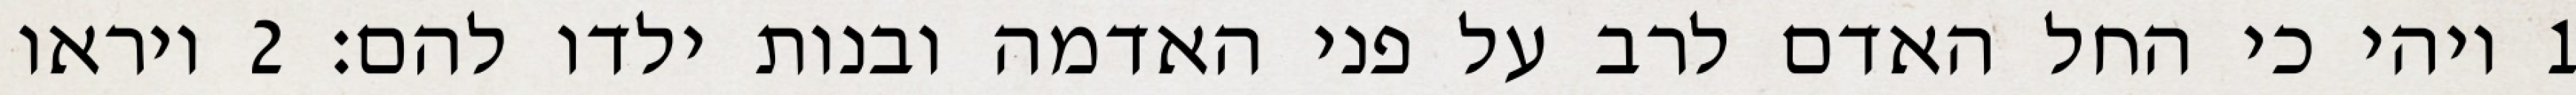
1 ויהי כי החל האדם לרב על פני האדמה ובנות ילדו להם׃ ‎2‏ ויראו